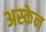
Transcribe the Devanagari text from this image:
अस्केन